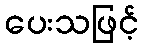
ပေးသဖြင့်